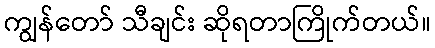
ကျွန်တော် သီချင်း ဆိုရတာကြိုက်တယ်။